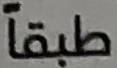
طبقاً